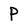
Character: P